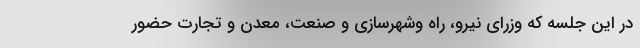
در این جلسه که وزرای نیرو، راه وشهرسازی و صنعت، معدن و تجارت حضور